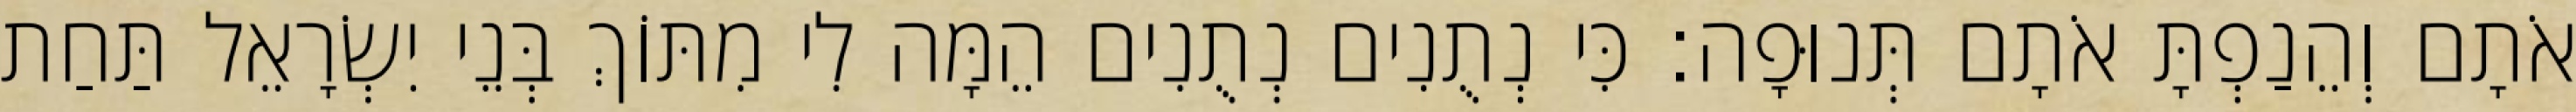
אֹתָם וְהֵנַפְתָּ אֹתָם תְּנוּפָה׃ כִּי נְתֻנִים נְתֻנִים הֵמָּה לִי מִתּוֹךְ בְּנֵי יִשְׂרָאֵל תַּחַת